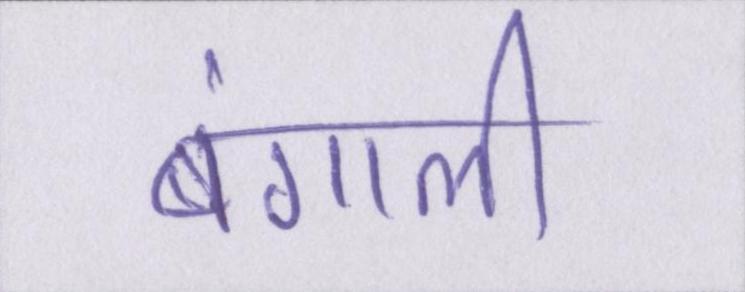
बंगाली